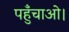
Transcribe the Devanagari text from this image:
पहुँचाओ।